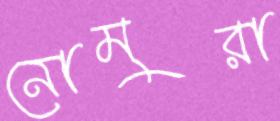
নোমুরা